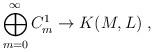
LaTeX: \begin{align*}\bigoplus_{m=0}^\infty C^1_m\to K(M,L)\;,\end{align*}